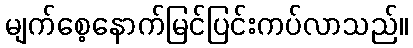
မျက်စေ့နောက်မြင်ပြင်းကပ်လာသည်။